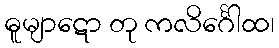
ဓူမျာဋော တု ကလိင်္ဂေါထ၊